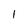
Character: 1